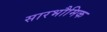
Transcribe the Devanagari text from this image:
सारभौमिक